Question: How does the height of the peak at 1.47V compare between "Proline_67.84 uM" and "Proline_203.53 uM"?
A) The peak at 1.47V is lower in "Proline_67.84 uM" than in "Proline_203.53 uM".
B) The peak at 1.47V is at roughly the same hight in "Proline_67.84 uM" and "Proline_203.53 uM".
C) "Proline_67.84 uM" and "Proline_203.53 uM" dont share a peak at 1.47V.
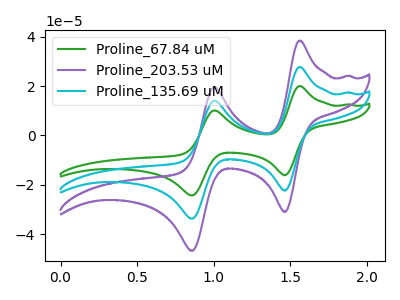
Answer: <think>The green curve "Proline_67.84 uM" has anodic peaks at (1.55V, 19.95uA) (1.00V, 10.15uA) and cathodic peaks at (1.45V, -16.10uA) (0.85V, -24.30uA). The purple curve "Proline_203.53 uM" has anodic peaks at (1.55V, 55.40uA) (1.00V, 28.15uA) and cathodic peaks at (1.45V, -44.70uA) (0.85V, -67.40uA). The cyan curve "Proline_135.69 uM" has anodic peaks at (1.55V, 27.70uA) (1.00V, 14.10uA) and cathodic peaks at (1.45V, -22.35uA) (0.85V, -33.70uA).</think>
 <answer>A) The peak at 1.47V is lower in "Proline_67.84 uM" than in "Proline_203.53 uM".</answer>
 <eval>A</eval>